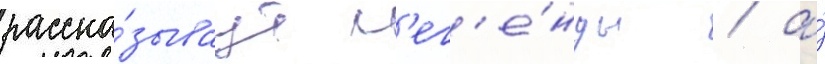
расска́зываут л'ег'е́нды / а́